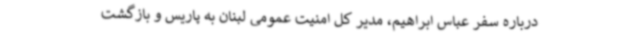
درباره سفر عباس ابراهیم، مدیر کل امنیت عمومی لبنان به پاریس و بازگشت